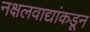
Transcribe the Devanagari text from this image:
नक्षलवाद्यांकडून